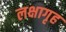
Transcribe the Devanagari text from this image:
लक्षागृह